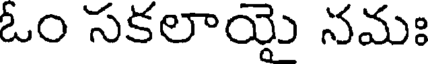
ఓం సకలాయై నమః